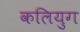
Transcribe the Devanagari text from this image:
कलियुग